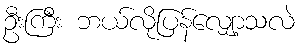
ဦးကြီး ဘယ်လိုပြန်လျှော့သလဲ